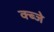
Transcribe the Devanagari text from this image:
क्ब्जे